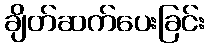
ချိတ်ဆက်ပေးခြင်း